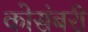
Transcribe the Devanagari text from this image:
कोसंबरी